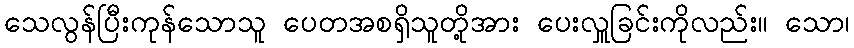
သေလွန်ပြီးကုန်သောသူ ပေတအစရှိသူတို့အား ပေးလှူခြင်းကိုလည်း။ သော၊